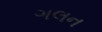
ગલન